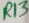
Text: R13